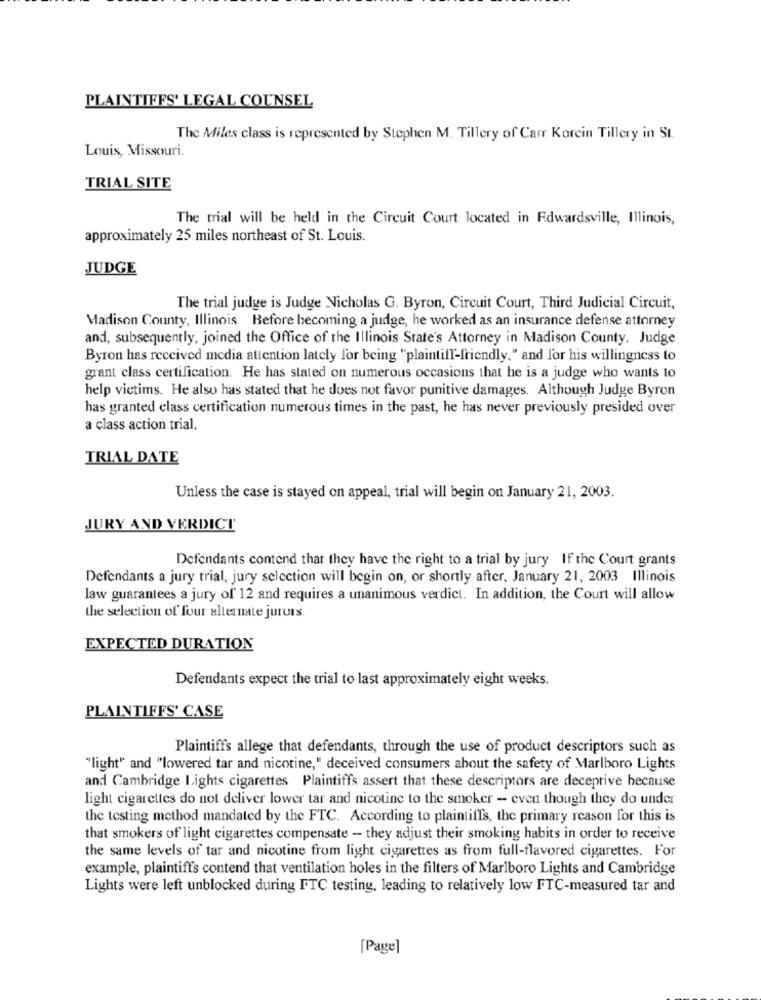
PLAINTIFFS' LEGAL COUNSEL
The Miles class is represented by Stephen M. Tillery of Carr Korein Tillery in St.
Louis, Missouri.
TRIAL SITE
The trial will be held in the Circuit Court located in Edwardsville, Illinois,
approximately 25 miles northeast of St. Louis.
JUDGE
The trial judge is Judge Nicholas G. Byron, Circuit Court, Third Judicial Circuit,
Madison County, Illinois. Before becoming a judge, he worked as an insurance defense attorney
and, subsequently, joined the Office of the Illinois State's Attorney in Madison County. Judge
Byron has received media attention lately for being "plaintiff-friendly." and for his willingness to
grant class certification. He has stated on numerous occasions that he is a judge who wants to
help victims. He also has stated that he does not favor punitive damages. Although Judge Byron
has granted class certification numerous times in the past, he has never previously presided over
a class action trial.
TRIAL DATE
Unless the case is stayed on appeal, trial will begin on January 21, 2003.
JURY AND VERDICT
Defendants contend that they have the right to a trial by jury If the Court grants
Defendants a jury trial, jury selection will begin on, or shortly after, January 21, 2003 Illinois
law guarantees a jury of 12 and requires a unanimous verdict. In addition, the Court will allow
the selection of four alternate jurors.
EXPECTED DURATION
Defendants expect the trial to last approximately eight weeks.
PLAINTIFFS' CASE
Plaintiff's allege that defendants, through the use of product descriptors such as
"light" and "lowered tar and nicotine," deceived consumers about the safety of Marlboro Lights
and Cambridge Lights cigarettes Plaintiffs assert that these descriptors are deceptive because
light cigarettes do not deliver lower tar and nicotine to the smoker - even though they do under
the testing method mandated by the FTC. According to plaintiff's, the primary reason for this is
that smokers of light cigarettes compensate - they adjust their smoking habits in order to receive
the same levels of tar and nicotine from light cigarettes as from full-flavored cigarettes. For
example, plaintiffs contend that ventilation holes in the filters of Marlboro Lights and Cambridge
Lights were left unblocked during FTC testing, leading to relatively low FTC-measured tar and
[Page]